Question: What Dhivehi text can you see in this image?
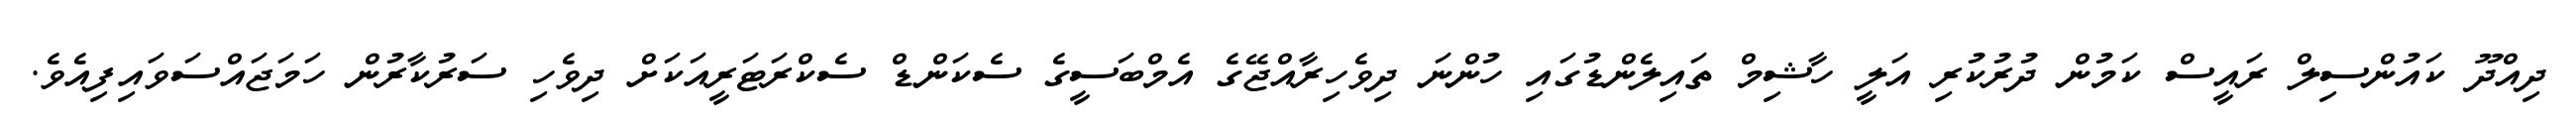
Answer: ދިއްދޫ ކައުންސިލް ރައީސް ކަމުން ދުރުކުރި އަލީ ހާޝިމް ތައިލެންޑުގައި ހުންނަ ދިވެހިރާއްޖޭގެ އެމްބަސީގެ ސެކަންޑް ސެކްރަޓަރީއަކަށް ދިވެހި ސަރުކާރުން ހަމަޖައްސަވައިފިއެވެ.